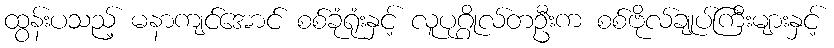
ထွန်းပသည့် မနာကျင်အောင် စစ်ခုံရုံးနှင့် လူပုဂ္ဂိုလ်တဦးက စစ်ဗိုလ်ချုပ်ကြီးများနှင့်